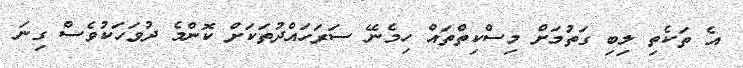
އެ ތަކެތި ލިބި ގަތުމަށް މިސްކިތްތައް ހިމެނޭ ސަރަަހައްދުތަކަށް ކޮންމެ ދުވަހަކުވެސް ގިނަ